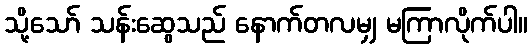
သို့သော် သန်းဆွေသည် နောက်တလမျှ မကြာလိုက်ပါ။